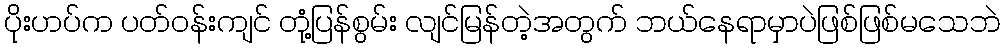
ပိုးဟပ်က ပတ်ဝန်းကျင် တုံ့ပြန်စွမ်း လျင်မြန်တဲ့အတွက် ဘယ်နေရာမှာပဲဖြစ်ဖြစ်မသေဘဲ